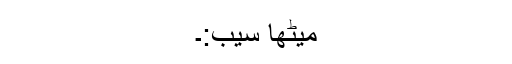
میٹھا سیب:۔